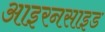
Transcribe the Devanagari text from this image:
आइरनसाइड